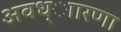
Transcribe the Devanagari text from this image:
अवध्ाारणा